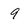
Character: 9